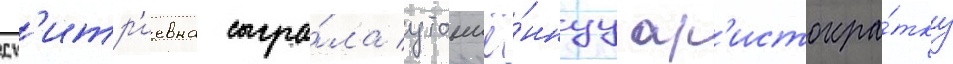
дм'итр'иевна сыгра́ла утончё́ннуу ар'истокра́тку